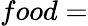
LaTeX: food=